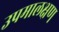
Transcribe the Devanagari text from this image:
उपमालक्षण